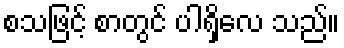
စသဖြင့် စာတွင် ပါရှိလေ သည်။